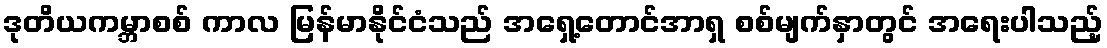
ဒုတိယကမ္ဘာစစ် ကာလ မြန်မာနိုင်ငံသည် အရှေ့တောင်အာရှ စစ်မျက်နှာတွင် အရေးပါသည့်